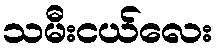
သမီးငယ်လေး